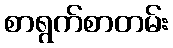
စာရွက်စာတမ်း